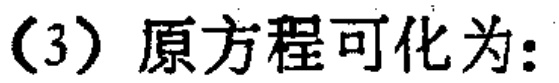
（3）原方程可化为: